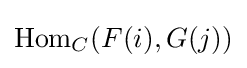
\operatorname {Hom} _{C}(F(i),G(j))